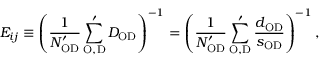
E _ { i j } \equiv \left( \frac { 1 } { N _ { \mathrm { O D } } ^ { \prime } } \sum _ { \mathrm { O , D } } ^ { \prime } D _ { \mathrm { O D } } \right) ^ { - 1 } = \left( \frac { 1 } { N _ { \mathrm { O D } } ^ { \prime } } \sum _ { \mathrm { O , D } } ^ { \prime } \frac { d _ { \mathrm { O D } } } { s _ { \mathrm { O D } } } \right) ^ { - 1 } ,